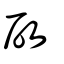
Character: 啓